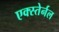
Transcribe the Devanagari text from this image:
एक्स्तेर्नल